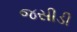
જસીડી